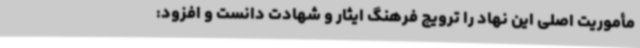
مأموریت اصلی این نهاد را ترویج فرهنگ ایثار و شهادت دانست و افزود: